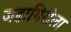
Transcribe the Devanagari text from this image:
जहागिरीला